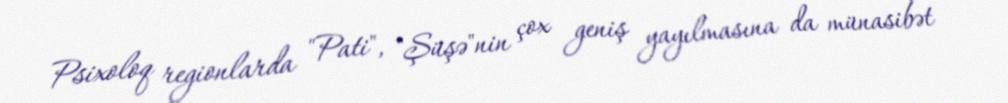
Psixoloq regionlarda "Pati", "Şüşə"nin çox geniş yayılmasına da münasibət